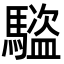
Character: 𬳰